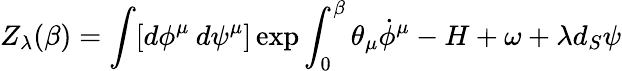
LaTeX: Z_{\lambda}(\beta)=\int[d\phi^{\mu}\: d\psi^{\mu}]\exp{\int_{0}^{\beta}\theta_{\mu}\dot{\phi}^{\mu}-H+\omega+\lambda d_{S}\psi}